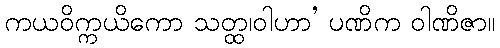
ကယဝိက္ကယိကော သတ္ထ၊ဝါဟာ’ ပဏိက ဝါဏိဇာ။